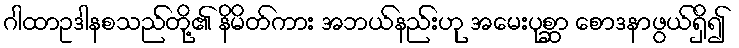
ဂါထာဥဒါနစသည်တို့၏ နိမိတ်ကား အဘယ်နည်းဟု အမေးပုစ္ဆာ စောဒနာဖွယ်ရှိ၍